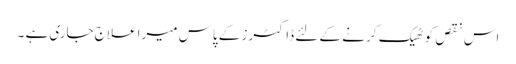
اس نقص کو ٹھیک کر نے کے لئے ڈاکٹرز کے پاس میرا علاج جاری ہے ۔